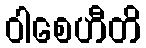
ဝါစေဟီတိ